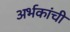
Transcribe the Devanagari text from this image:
अर्भकांची